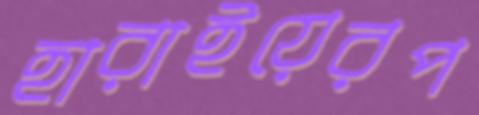
হারাইয়েরপ